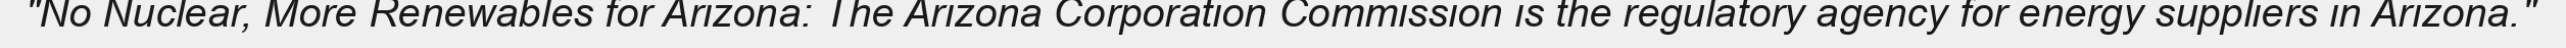
"No Nuclear, More Renewables for Arizona: The Arizona Corporation Commission is the regulatory agency for energy suppliers in Arizona."